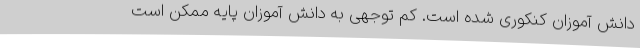
دانش آموزان کنکوری شده است. کم توجهی به دانش آموزان پایه ممکن است